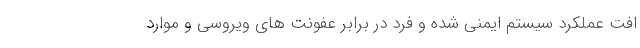
افت عملکرد سیستم ایمنی شده و فرد در برابر عفونت های ویروسی و موارد